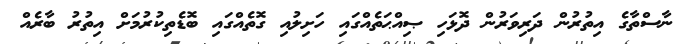
ނާސްތާގެ އިތުރުން ދަރިވަރުން ދޮޅަހި ޞިއްޙަތެއްގައި ހަށިލުއި ގޮތެއްގައި ބޮޑެތިކުރުމަށް އިތުރު ބާރެއް